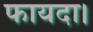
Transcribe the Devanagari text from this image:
फायदा।